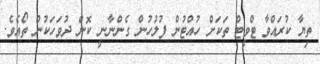
ތިޔާ ކުރައްވާ ޓްވީޓް ތަކަށް ހުއްޓުން ފުލުހުން ގެންނާނީ ކޮން ދުވަހަކުން ތޯއެވެ.